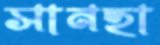
সানহা